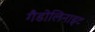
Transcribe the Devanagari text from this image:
गैडोलिनाइट